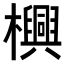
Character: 𬅊